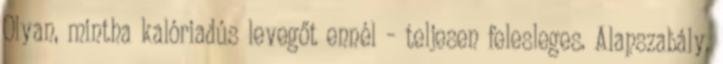
Olyan, mintha kalóriadús levegőt ennél – teljesen felesleges. Alapszabály,